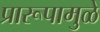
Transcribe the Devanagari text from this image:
प्रारूपामुळे